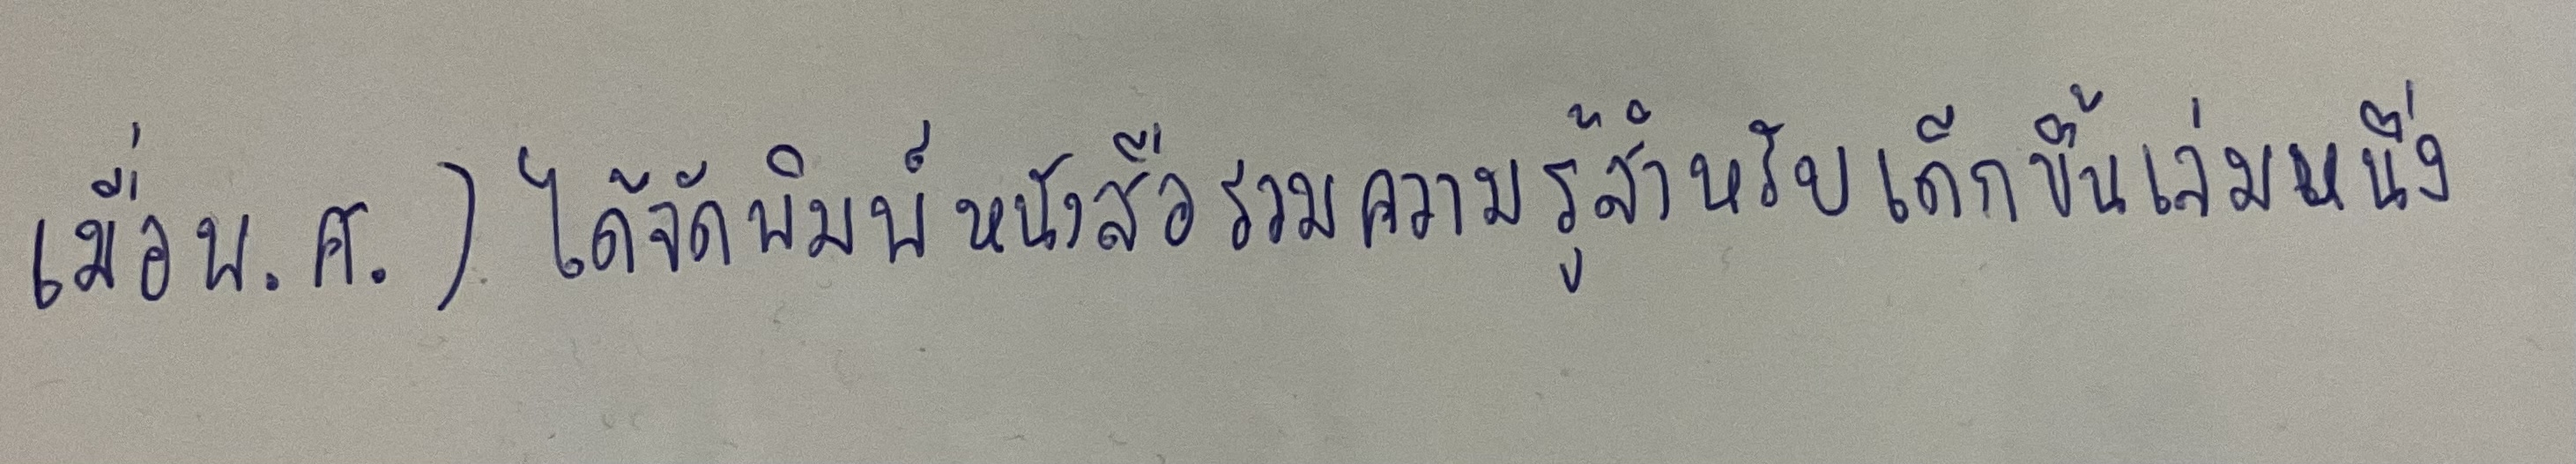
เมื่อพ.ศ.)ได้จัดพิมพ์หนังสือรวมความรู้สำหรับเด็กขึ้นเล่มหนึ่ง